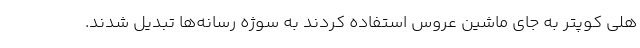
هلی کوپتر به جای ماشین عروس استفاده کردند به سوژه رسانه‌ها تبدیل شدند.